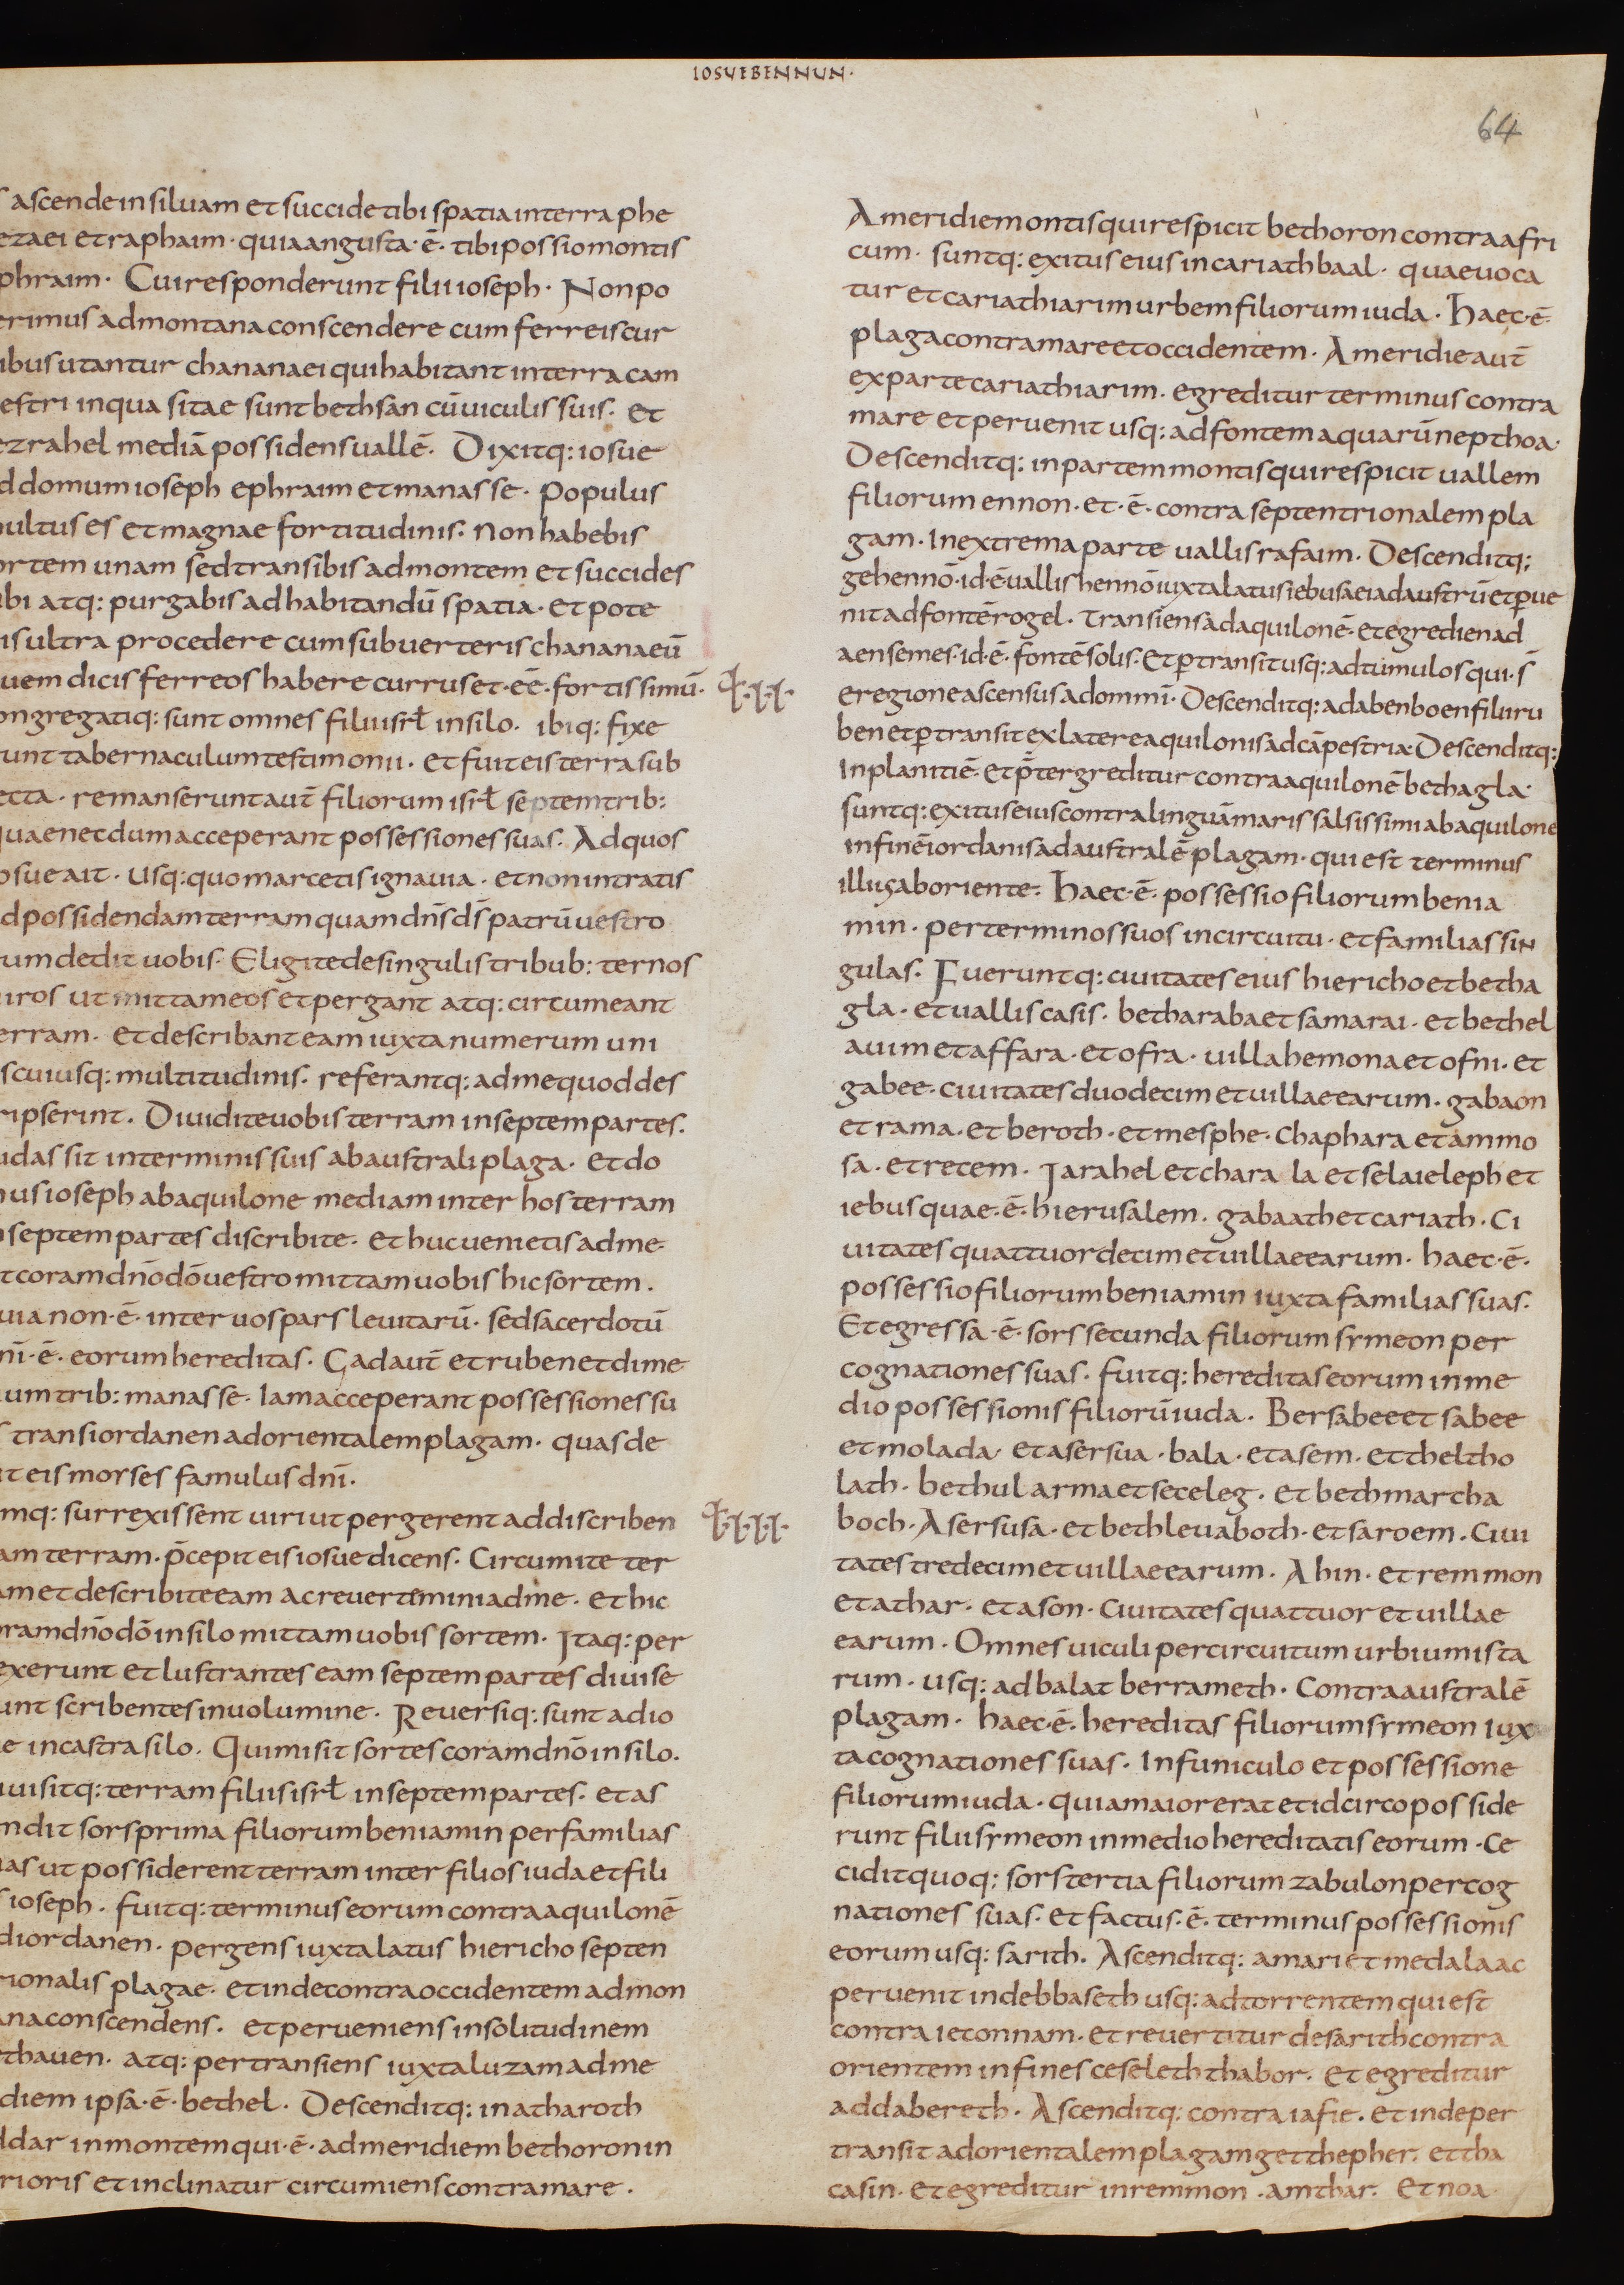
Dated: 805–845